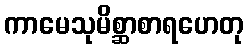
ကာမေသုမိစ္ဆာစာရဟေတု